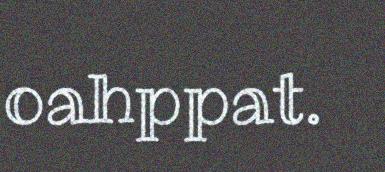
oahppat.